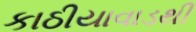
કાઠીયાવાડથી